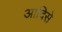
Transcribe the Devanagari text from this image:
आदिसे